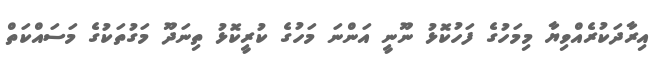
އިރާދަކުރެއްވިޔާ މިމަހުގެ ފަހުކޮޅު ނޫނީ އަންނަ މަހުގެ ކުރީކޮޅު ތިނަދޫ މަގުތަކުގެ މަސައްކަތް